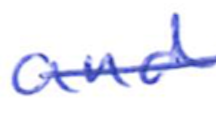
Text: and
Cross-out: single-line
Writing tool: ballpoint